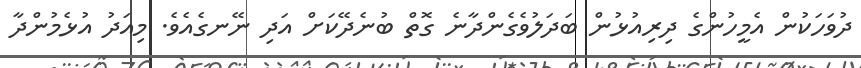
ދުވަހަކުން އެމީހުންގެ ދިރިއުޅުން ބަދަލުވެގެންދާނެ ގޮތް ބުނެދޭކަށް އަދި ނޭނގެއެވެ. މިއަދު އުޅެމުންދާ